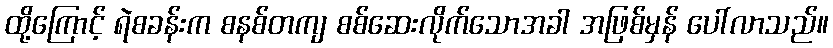
ထို့ကြောင့် ရဲစခန်းက စနစ်တကျ စစ်ဆေးလိုက်သောအခါ အဖြစ်မှန် ပေါ်လာသည်။